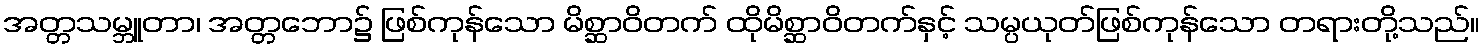
အတ္တသမ္ဘူတာ၊ အတ္တဘော၌ ဖြစ်ကုန်သော မိစ္ဆာဝိတက် ထိုမိစ္ဆာဝိတက်နှင့် သမ္ပယုတ်ဖြစ်ကုန်သော တရားတို့သည်။